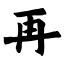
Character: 再